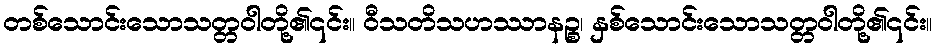
တစ်သောင်းသောသတ္တဝါတို့၏၎င်း။ ဝီသတိသဟဿာနဉ္စ၊ နှစ်သောင်းသောသတ္တဝါတို့၏၎င်း။